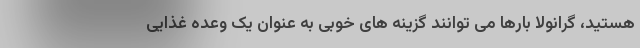
هستید، گرانولا بارها می توانند گزینه های خوبی به عنوان یک وعده غذایی